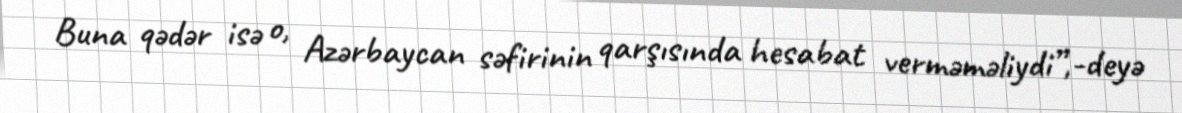
Buna qədər isə o, Azərbaycan səfirinin qarşısında hesabat verməməliydi”,-deyə